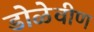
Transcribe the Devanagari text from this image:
डोळेवीण